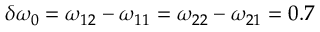
\delta \omega _ { 0 } = \omega _ { 1 2 } - \omega _ { 1 1 } = \omega _ { 2 2 } - \omega _ { 2 1 } = 0 . 7 \